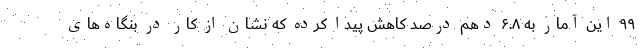
۹۹ این آمار به ۶.۸ دهم درصد کاهش پیدا کرده که نشان از کار در بنگاه‌های